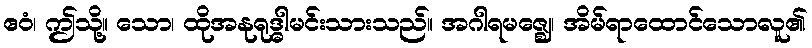
ဧဝံ၊ ဤသို့။ သော၊ ထိုအနုရုဒ္ဓါမင်းသားသည်။ အဂါရမဇ္ဈေ၊ အိမ်ရာထောင်သောလူ၏